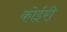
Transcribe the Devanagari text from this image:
कोईरी